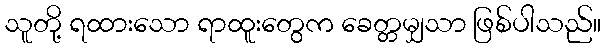
သူတို့ ရထားသော ရာထူးတွေက ခေတ္တမျှသာ ဖြစ်ပါသည်။